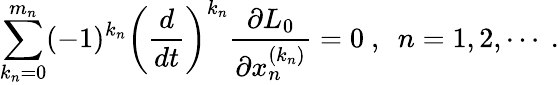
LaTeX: \sum_{k_{n}=0}^{m_{n}}(-1)^{k_{n}}\left(\frac{d}{dt}\right)^{k_{n}}\frac{\partial L_{0}}{\partial x_{n}^{(k_{n})}}=0\ ,\ \ n=1,2,\cdots\ .